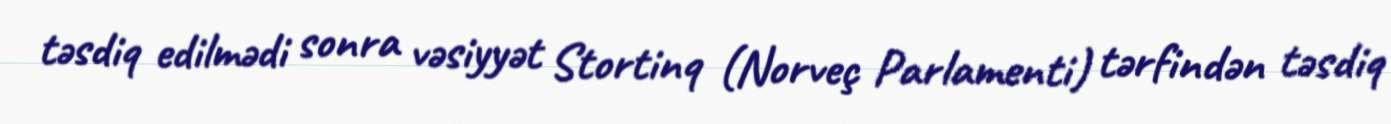
təsdiq edilmədi sonra vəsiyyət Stortinq (Norveç Parlamenti) tərfindən təsdiq